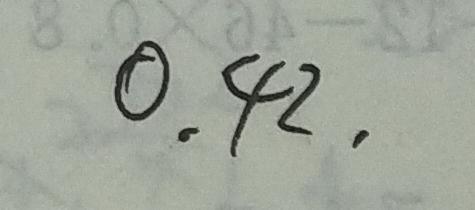
0 . 4 2 ,